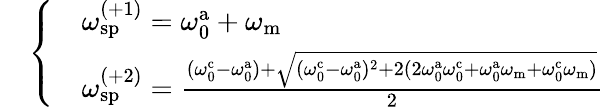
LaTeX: \begin{array}{rl}&{\left\{ \begin{array}{ll}&{\omega_{\mathrm{sp}}^{(+1)}=\omega_{\mathrm{0}}^{\mathrm{a}}+\omega_{\mathrm{m}}}\\ &{\omega_{\mathrm{sp}}^{(+2)}=\frac{(\omega_{\mathrm{0}}^{\mathrm{c}}-\omega_{\mathrm{0}}^{\mathrm{a}})+\sqrt{(\omega_{\mathrm{0}}^{\mathrm{c}}-\omega_{\mathrm{0}}^{\mathrm{a}})^{2}+2(2\omega_{\mathrm{0}}^{\mathrm{a}}\omega_{\mathrm{0}}^{\mathrm{c}}+\omega_{\mathrm{0}}^{\mathrm{a}}\omega_{\mathrm{m}}+\omega_{\mathrm{0}}^{\mathrm{c}}\omega_{\mathrm{m}})}}{2}}\end{array}\right.}\end{array}